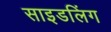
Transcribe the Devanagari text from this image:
साइडलिंग